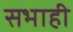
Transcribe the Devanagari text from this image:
सभाही